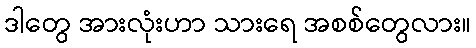
ဒါတွေ အားလုံးဟာ သားရေ အစစ်တွေလား။